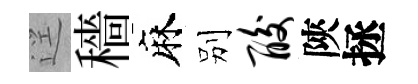
逕穡麻别酸陝拯